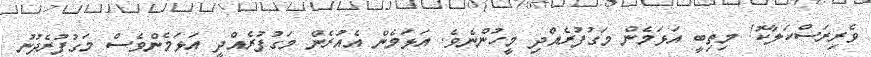
ވެރިރަސްކަލާކޮ! މިތިބީ އަޅަމެން މަގުފުރެއްދި މީހުންނެވެ. އަޅަމެން އެއުރެން މަގުފުރެއްދީ އަޅަމެންވެސް މަގުފުރެދުނު